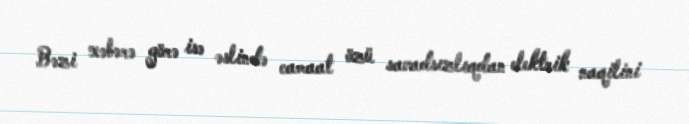
Bəzi xəbərə görə isə əslində camaat özü savadsızlıqdan elektrik naqilini